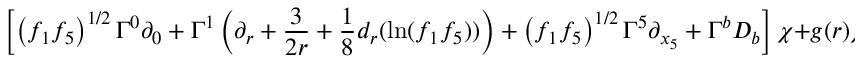
\left[ \left( f _ { 1 } f _ { 5 } \right) ^ { 1 / 2 } \Gamma ^ { 0 } \partial _ { 0 } + \Gamma ^ { 1 } \left( \partial _ { r } + \frac { 3 } { 2 r } + \frac { 1 } { 8 } d _ { r } ( \ln ( f _ { 1 } f _ { 5 } ) ) \right) + \left( f _ { 1 } f _ { 5 } \right) ^ { 1 / 2 } \Gamma ^ { 5 } \partial _ { x _ { 5 } } + \Gamma ^ { b } D _ { b } \right] \chi + g ( r ) \chi = 0